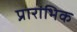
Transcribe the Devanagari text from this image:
प्रारांभिक